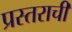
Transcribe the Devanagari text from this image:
प्रस्तराची